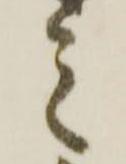
之